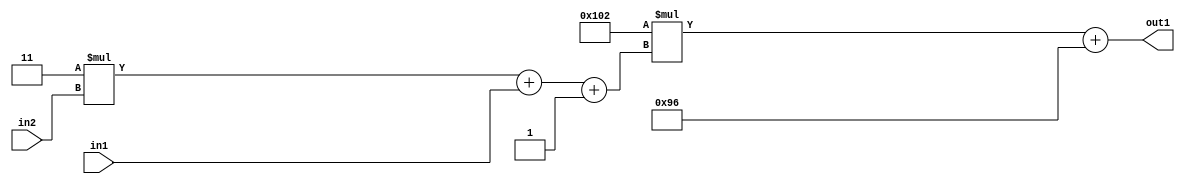
`timescale 1ps / 1ps
/*****************************************************************************
    Verilog RTL Description
    
    
    Created by: Stratus DpOpt 2019.1.01 
*******************************************************************************/

module DC_Filter_Add2i150Mul2i258Add3i1u1Mul2i3u2_1 (
	in2,
	in1,
	out1
	); /* architecture "behavioural" */ 
input [1:0] in2;
input  in1;
output [11:0] out1;
wire [11:0] asc001;
wire [3:0] asc002;

wire [3:0] asc002_tmp_0;
wire [3:0] asc002_tmp_1;
assign asc002_tmp_1 = 
	+(4'B0011 * in2);
assign asc002_tmp_0 = asc002_tmp_1
	+(in1);
assign asc002 = asc002_tmp_0
	+(4'B0001);

wire [11:0] asc001_tmp_2;
assign asc001_tmp_2 = 
	+(12'B000100000010 * asc002);
assign asc001 = asc001_tmp_2
	+(12'B000010010110);

assign out1 = asc001;
endmodule

/* CADENCE  vrTwSQE= : u9/ySgnWtBlWxVPRXgAZ4Og= ** DO NOT EDIT THIS LINE ******/